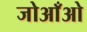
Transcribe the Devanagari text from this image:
जोआँओ